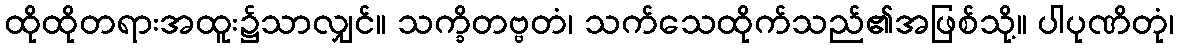
ထိုထိုတရားအထူး၌သာလျှင်။ သက္ခိတဗ္ဗတံ၊ သက်သေထိုက်သည်၏အဖြစ်သို့။ ပါပုဏိတုံ၊